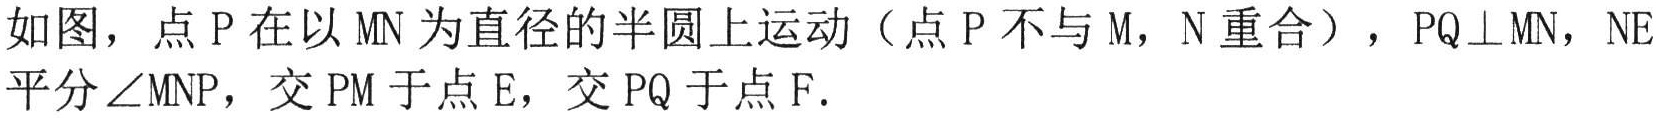
如图，点\(P\)在以\(MN\)为直径的半圆上运动（点\(P\)不与\(M\)，\(N\)重合），\(PQ\perp MN\)，\(NE\)平分\(\angle MNP\)，交\(PM\)于点\(E\)，交\(PQ\)于点\(F\).